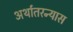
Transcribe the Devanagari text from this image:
अर्थातरन्यास